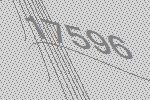
17596